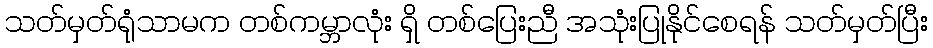
သတ်မှတ်ရုံသာမက တစ်ကမ္ဘာလုံး ရှိ တစ်ပြေးညီ အသုံးပြုနိုင်စေရန် သတ်မှတ်ပြီး